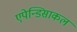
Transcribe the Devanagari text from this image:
एपेन्डिसाकल